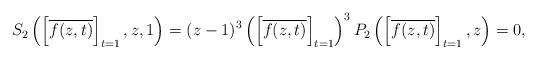
LaTeX: \begin{align*}S_2\left(\left[\overline{f(z,t)}\right]_{t=1}, z, 1\right) = (z-1)^3\left(\left[\overline{f(z,t)}\right]_{t=1}\right)^3P_2\left(\left[\overline{f(z,t)}\right]_{t=1}, z\right) = 0,\end{align*}